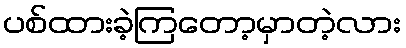
ပစ်ထားခဲ့ကြတော့မှာတဲ့လား